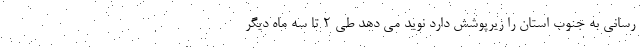
رسانی به جنوب استان را زیرپوشش دارد نوید می دهد طی ۲ تا سه ماه دیگر